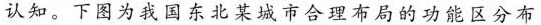
认知。下图为我国东北某城市合理布局的功能区分布